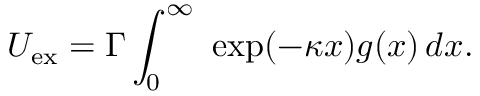
U _ { \mathrm { e x } } = \Gamma \int _ { 0 } ^ { \infty } \ \exp ( - \kappa x ) g ( x ) \, d x .